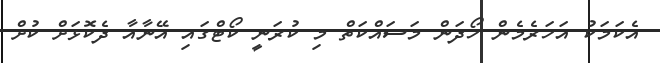
އެކަމަކު އަހަރެމެން ހޯދަން މަސައްކަތް މި ކުރަނީ ކޯޓްގައި އޭނާއާ ދެކޮޅަށް ކުށް